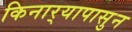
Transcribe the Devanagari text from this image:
किनार्‍यापासुन